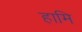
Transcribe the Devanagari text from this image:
हामि